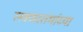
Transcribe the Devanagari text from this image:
लवणस्तंभांच्या